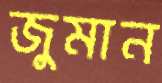
জুমান